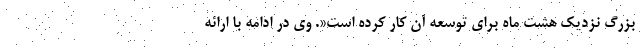
بزرگ نزدیک هشت ماه برای توسعه آن کار کرده است«. وی در ادامه با ارائه